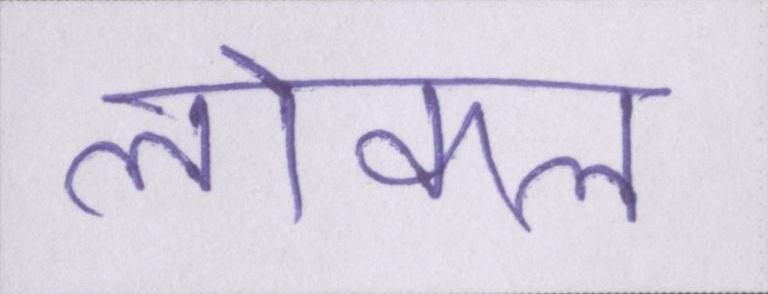
लोकल